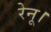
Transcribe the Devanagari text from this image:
रेनू।